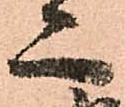
亦